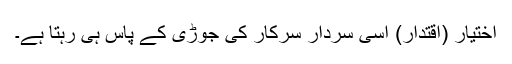
اختیار (اقتدار) اسی سردار سرکار کی جوڑی کے پاس ہی رہتا ہے۔